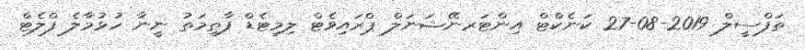
ތަފްސީލް 2019-08-27 ކަނެކްޓް އިންޓަރނޭޝަނަލް ޕްރައިވެޓް ލިމިޓެޑް ފާޠިމަތު ނީނާ ހުޅުމާލެ ފްލެޓް